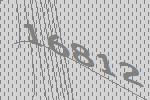
16812